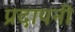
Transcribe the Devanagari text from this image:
प्रदायनी